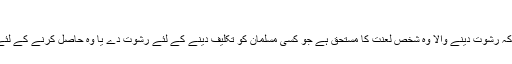
باب فی الھدیہ لقضاء الحاجہ 3541)
امام ذہبی رحمۃ اللہ علیہ فرماتے ہیں کہ رشوت دینے والا وہ شخص لعنت کا مستحق ہے جو کسی مسلمان کو تکلیف دینے کے لئے رشوت دے یا وہ حاصل کرنے کے لئے رشوت دے جس کا وہ مستحق نہیں۔